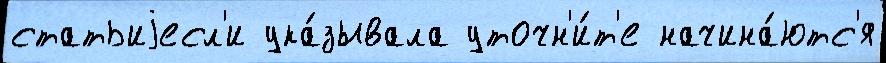
статьиjесл'и ука́зывала уточн'и́т'е начина́ютс'я